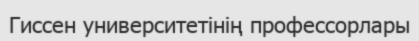
Гиссен университетінің профессорлары